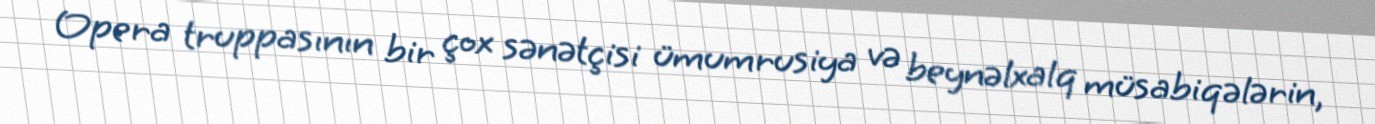
Opera truppasının bir çox sənətçisi ümumrusiya və beynəlxalq müsabiqələrin,